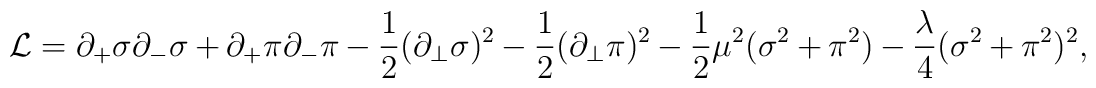
{\cal L}=\partial_{+}\sigma\partial_{-}\sigma+\partial_{+}\pi\partial_{-}\pi-\frac{1}{2}(\partial_{\bot}\sigma)^2-\frac{1}{2}(\partial_{\bot}\pi)^2-\frac{1}{2}\mu^2(\sigma^2+\pi^2)-\frac{\lambda}{4}(\sigma^2+\pi^2)^2,